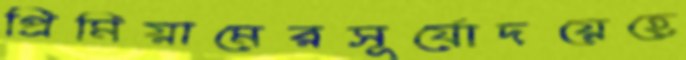
প্রিমিয়ামেরসূর্যোদয়েহে